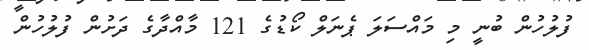
ފުލުހުން ބުނީ މި މައްސަލަ ޕެނަލް ކޯޑުގެ 121 މާއްދާގެ ދަށުން ފުލުހުން